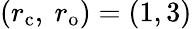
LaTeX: (r_{\mathrm{{c}}},\ r_{\mathrm{{o}}})=(1,3)